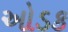
ઓડક